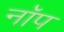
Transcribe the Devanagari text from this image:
नॉप